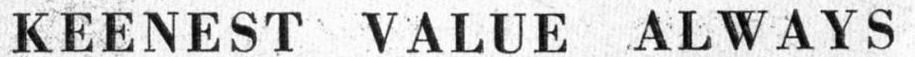
KEENEST VALUE ALWAYS